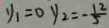
y _ { 1 } = 0 y _ { 2 } = - \frac { 1 2 } { 5 }